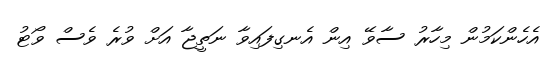
އެހެންކަމުން މިހާރު ސާވޭ އިން އެނގިފައިވާ ނަތީޖާ އަށް ވުރެ ވެސް ވޯޓު